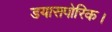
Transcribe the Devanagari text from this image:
डयासपोरिक।